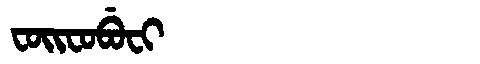
Manchu: ᠸᠣᡳᠸᠣᠪᡠᠸᡳ
Romanization: FOIFOBUFI